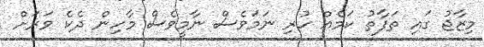
މިޒާޖު ގައި ތަފާތު ކަމެއް ހުރި ނަމަވެސް ނާމީވެސް މާހިން ދެކެ ވަރަށް